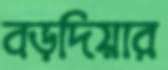
বড়দিয়ার